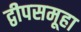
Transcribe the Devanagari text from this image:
द्वीपसमूहा